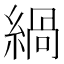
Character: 緺